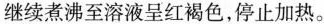
继续煮沸至溶液呈红褐色，停止加热。